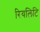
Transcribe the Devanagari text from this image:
रियलिटि